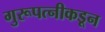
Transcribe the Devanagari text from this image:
गुरूपत्‍नीकडून